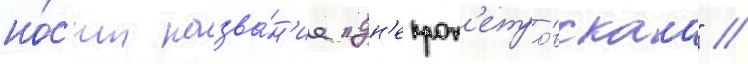
но́с'ит назва́н'ие "дн'епроп'етро́вскаа" //